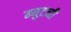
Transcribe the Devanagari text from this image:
म्युटनी